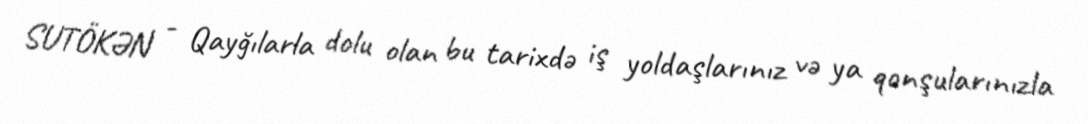
SUTÖKƏN - Qayğılarla dolu olan bu tarixdə iş yoldaşlarınız və ya qonşularınızla